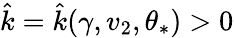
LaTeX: \hat{k}=\hat{k}(\gamma,v_{2},\theta_{\ast})>0